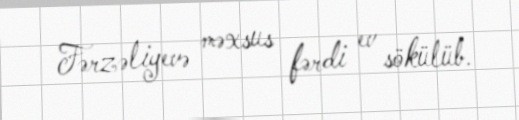
Fərzəliyevə məxsus fərdi ev sökülüb.